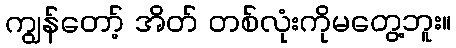
ကျွန်တော့် အိတ် တစ်လုံးကိုမတွေ့ဘူး။